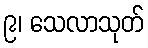
၉၊ သေလာသုတ်